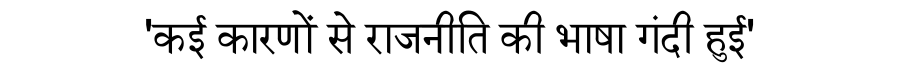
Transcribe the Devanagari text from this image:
'कई कारणों से राजनीति की भाषा गंदी हुई'